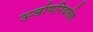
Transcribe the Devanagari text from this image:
ऊर्जापरिवर्तक